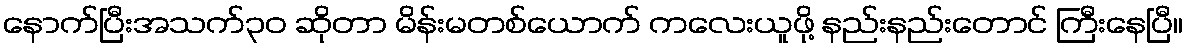
နောက်ပြီးအသက်၃၀ ဆိုတာ မိန်းမတစ်ယောက် ကလေးယူဖို့ နည်းနည်းတောင် ကြီးနေပြီ။